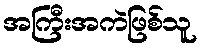
အကြီးအကဲဖြစ်သူ